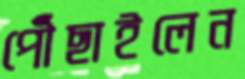
পৌঁছাইলেন